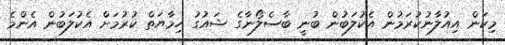
މިކަން އިއުލާނުކުރަމުން އެކުލަބުން ބުނީ ބާސެލޯނާގެ ޝައުގު ހިމާޔަތް ކުރުމަށް އެކުލަބުން އެންމެ